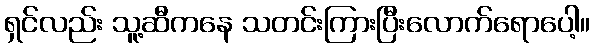
ရှင်လည်း သူ့ဆီကနေ သတင်းကြားပြီးလောက်ရောပေါ့။